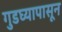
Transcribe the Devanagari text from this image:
गुडघ्यापासून